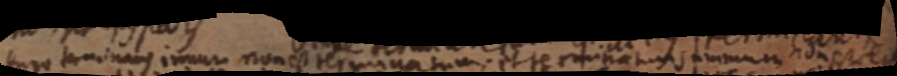
ergo terminans imum non est terminatum; et terminatum summum non est